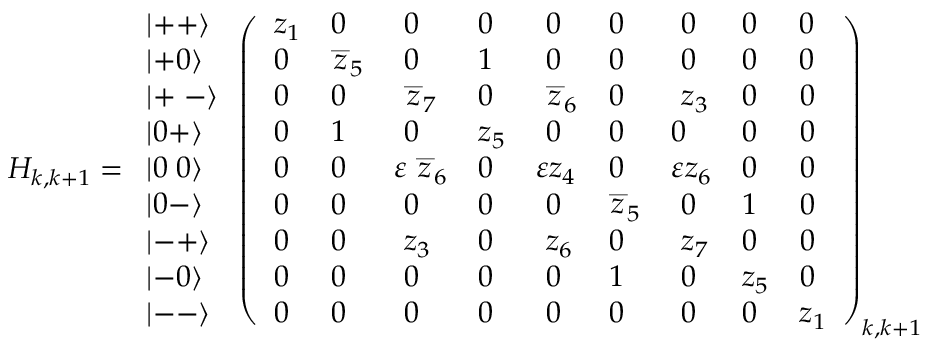
H _ { k , k + 1 } = \begin{array} { l } { { \left| + + \right\rangle } } \\ { { \left| + 0 \right\rangle } } \\ { { \left| + { \scriptsize \ } - \right\rangle } } \\ { { \left| 0 + \right\rangle } } \\ { { \left| 0 { \scriptsize \ } 0 \right\rangle } } \\ { { \left| 0 - \right\rangle } } \\ { { \left| - + \right\rangle } } \\ { { \left| - 0 \right\rangle } } \\ { { \left| -- \right\rangle } } \end{array} \left( \begin{array} { l l l l l l l l l } { { z _ { 1 } } } & { { 0 } } & { { \ 0 } } & { { 0 } } & { { \ 0 } } & { { 0 } } & { { \ 0 } } & { { 0 } } & { { 0 } } \\ { { 0 } } & { { \stackrel { \_ } { z } _ { 5 } } } & { { \ 0 } } & { { 1 } } & { { \ 0 } } & { { 0 } } & { { \ 0 } } & { { 0 } } & { { 0 } } \\ { { 0 } } & { { 0 } } & { { \ \stackrel { \_ } { z } _ { 7 } } } & { { 0 } } & { { \ \stackrel { \_ } { z } _ { 6 } } } & { { 0 } } & { { \ z _ { 3 } } } & { { 0 } } & { { 0 } } \\ { { 0 } } & { { 1 } } & { { \ 0 } } & { { z _ { 5 } } } & { { \ 0 } } & { { 0 } } & { { 0 } } & { { 0 } } & { { 0 } } \\ { { 0 } } & { { 0 } } & { { \varepsilon \stackrel { \_ } { z } _ { 6 } } } & { { 0 } } & { { \varepsilon z _ { 4 } } } & { { 0 } } & { { \varepsilon z _ { 6 } } } & { { 0 } } & { { 0 } } \\ { { 0 } } & { { 0 } } & { { \ 0 } } & { { 0 } } & { { \ 0 } } & { { \stackrel { \_ } { z } _ { 5 } } } & { { \ 0 } } & { { 1 } } & { { 0 } } \\ { { 0 } } & { { 0 } } & { { \ z _ { 3 } } } & { { 0 } } & { { \ z _ { 6 } } } & { { 0 } } & { { \ z _ { 7 } } } & { { 0 } } & { { 0 } } \\ { { 0 } } & { { 0 } } & { { \ 0 } } & { { 0 } } & { { \ 0 } } & { { 1 } } & { { \ 0 } } & { { z _ { 5 } } } & { { 0 } } \\ { { 0 } } & { { 0 } } & { { \ 0 } } & { { 0 } } & { { \ 0 } } & { { 0 } } & { { \ 0 } } & { { 0 } } & { { z _ { 1 } } } \end{array} \right) _ { k , k + 1 }